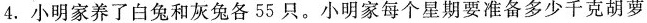
4. 小明家养了白兔和灰兔各 55 只。小明家每个星期要准备多少千克胡萝